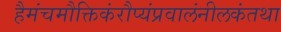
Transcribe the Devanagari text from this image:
हैमंचमौक्तिकंरौप्यंप्रवालंनीलकंतथा